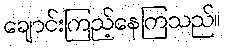
ချောင်းကြည့်နေကြသည်။